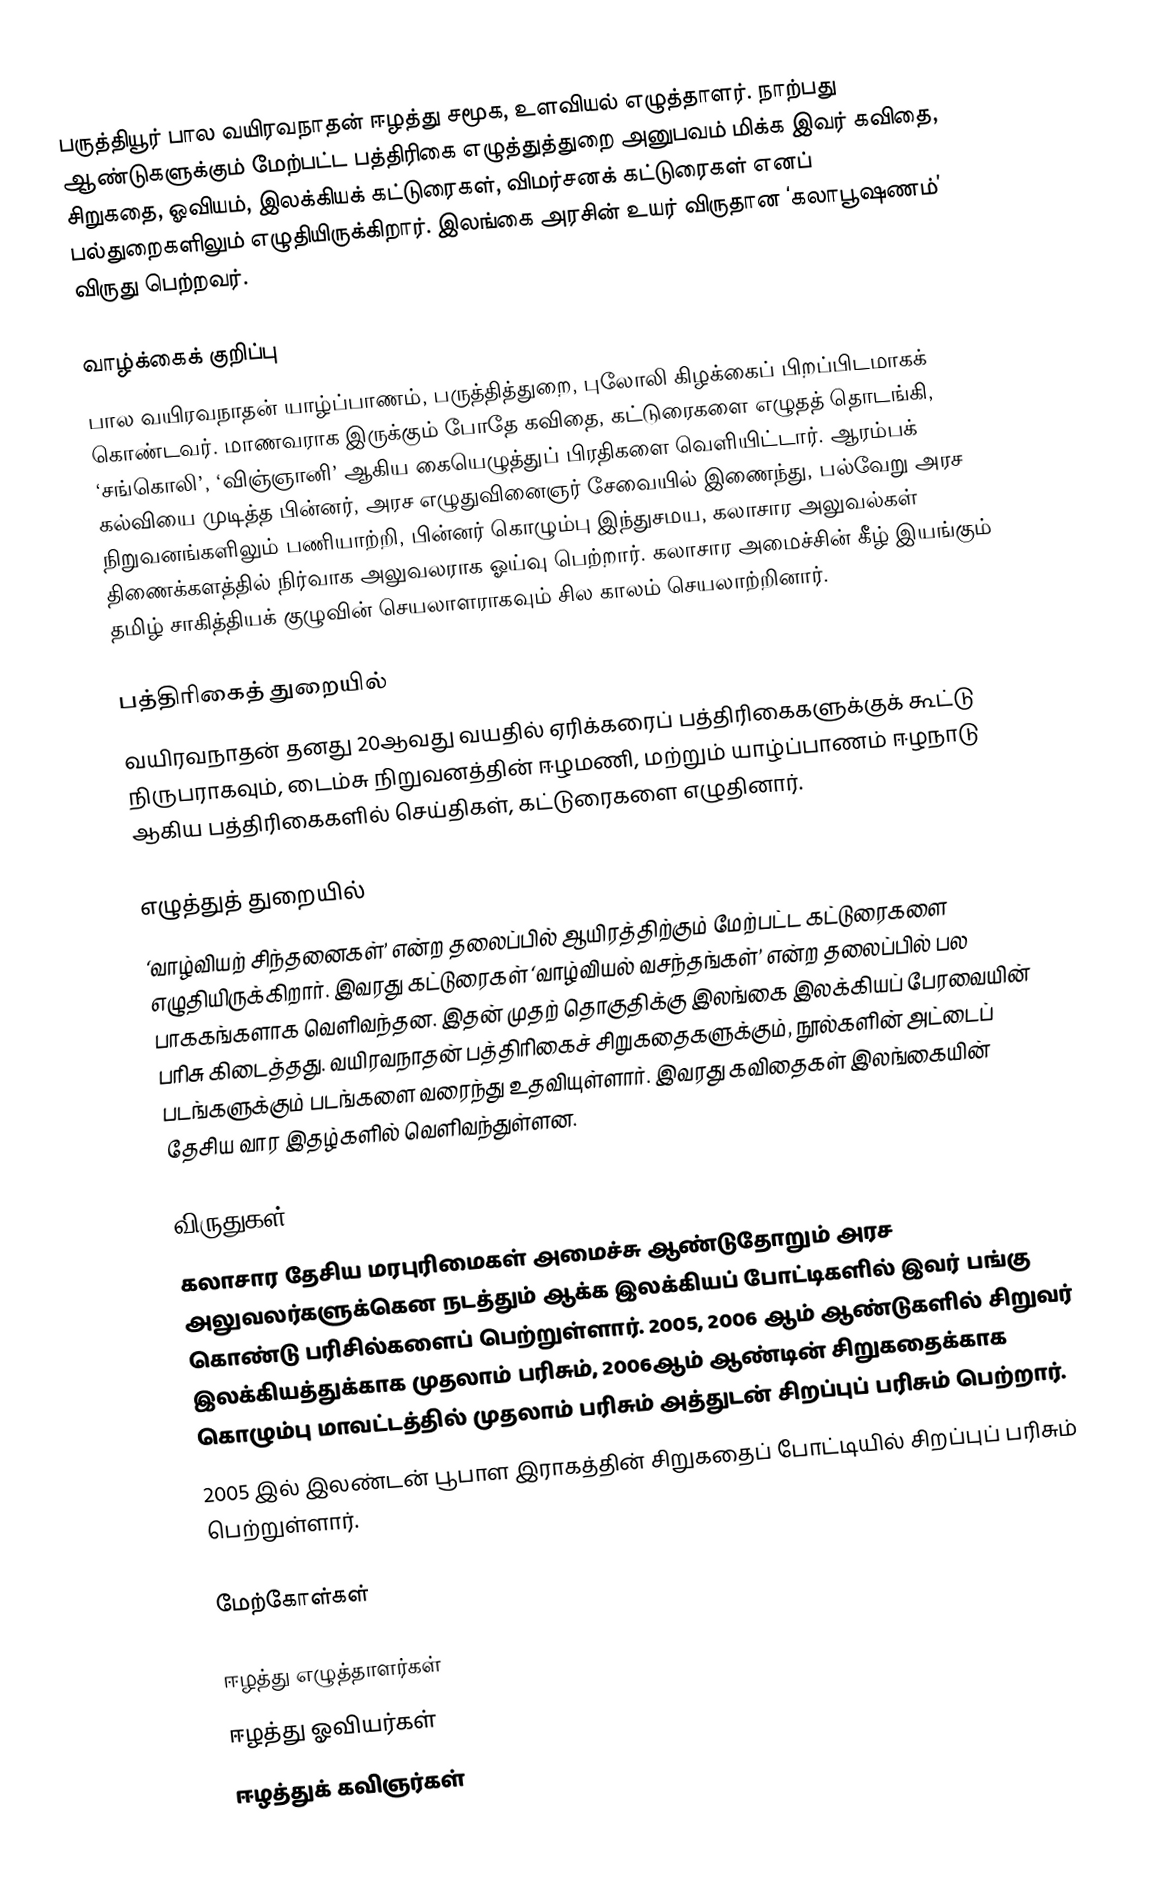
பருத்தியூர் பால வயிரவநாதன் ஈழத்து சமூக, உளவியல் எழுத்தாளர். நாற்பது ஆண்டுகளுக்கும் மேற்பட்ட பத்திரிகை எழுத்துத்துறை அனுபவம் மிக்க இவர் கவிதை, சிறுகதை, ஓவியம், இலக்கியக் கட்டுரைகள், விமர்சனக் கட்டுரைகள் எனப் பல்துறைகளிலும் எழுதியிருக்கிறார். இலங்கை அரசின் உயர் விருதான ‘கலாபூஷணம்’ விருது பெற்றவர்.

வாழ்க்கைக் குறிப்பு
பால வயிரவநாதன் யாழ்ப்பாணம், பருத்தித்துறை, புலோலி கிழக்கைப் பிறப்பிடமாகக் கொண்டவர். மாணவராக இருக்கும் போதே கவிதை, கட்டுரைகளை எழுதத் தொடங்கி, ‘சங்கொலி’, ‘விஞ்ஞானி’ ஆகிய கையெழுத்துப் பிரதிகளை வெளியிட்டார். ஆரம்பக் கல்வியை முடித்த பின்னர், அரச எழுதுவினைஞர் சேவையில் இணைந்து, பல்வேறு அரச நிறுவனங்களிலும் பணியாற்றி, பின்னர் கொழும்பு இந்துசமய, கலாசார அலுவல்கள் திணைக்களத்தில் நிர்வாக அலுவலராக ஓய்வு பெற்றார். கலாசார அமைச்சின் கீழ் இயங்கும் தமிழ் சாகித்தியக் குழுவின் செயலாளராகவும் சில காலம் செயலாற்றினார்.

பத்திரிகைத் துறையில்
வயிரவநாதன் தனது 20ஆவது வயதில் ஏரிக்கரைப் பத்திரிகைகளுக்குக் கூட்டு நிருபராகவும், டைம்சு நிறுவனத்தின் ஈழமணி, மற்றும் யாழ்ப்பாணம் ஈழநாடு ஆகிய பத்திரிகைகளில் செய்திகள், கட்டுரைகளை எழுதினார்.

எழுத்துத் துறையில்
‘வாழ்வியற் சிந்தனைகள்’ என்ற தலைப்பில் ஆயிரத்திற்கும் மேற்பட்ட கட்டுரைகளை எழுதியிருக்கிறார். இவரது கட்டுரைகள் ‘வாழ்வியல் வசந்தங்கள்’ என்ற தலைப்பில் பல பாககங்களாக வெளிவந்தன. இதன் முதற் தொகுதிக்கு இலங்கை இலக்கியப் பேரவையின் பரிசு கிடைத்தது. வயிரவநாதன் பத்திரிகைச் சிறுகதைகளுக்கும், நூல்களின் அட்டைப் படங்களுக்கும் படங்களை வரைந்து உதவியுள்ளார். இவரது கவிதைகள் இலங்கையின் தேசிய வார இதழ்களில் வெளிவந்துள்ளன.

விருதுகள்
கலாசார தேசிய மரபுரிமைகள் அமைச்சு ஆண்டுதோறும் அரச அலுவலர்களுக்கென நடத்தும் ஆக்க இலக்கியப் போட்டிகளில் இவர் பங்கு கொண்டு பரிசில்களைப் பெற்றுள்ளார். 2005, 2006 ஆம் ஆண்டுகளில் சிறுவர் இலக்கியத்துக்காக முதலாம் பரிசும், 2006ஆம் ஆண்டின் சிறுகதைக்காக கொழும்பு மாவட்டத்தில் முதலாம் பரிசும் அத்துடன் சிறப்புப் பரிசும் பெற்றார்.
2005 இல் இலண்டன் பூபாள இராகத்தின் சிறுகதைப் போட்டியில் சிறப்புப் பரிசும் பெற்றுள்ளார்.

மேற்கோள்கள்

ஈழத்து எழுத்தாளர்கள்
ஈழத்து ஓவியர்கள்
ஈழத்துக் கவிஞர்கள்